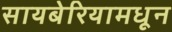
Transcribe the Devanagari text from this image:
सायबेरियामधून